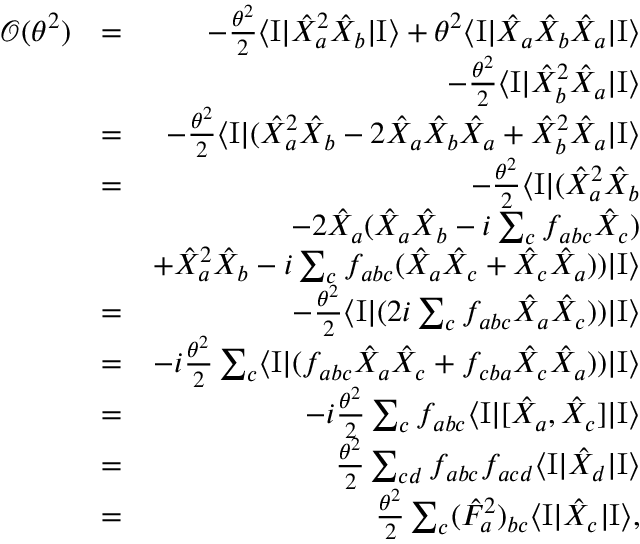
\begin{array} { r l r } { { \mathcal O } ( \theta ^ { 2 } ) } & { = } & { - \frac { \theta ^ { 2 } } { 2 } \langle \mathrm { I } | \hat { X } _ { a } ^ { 2 } \hat { X } _ { b } | \mathrm { I } \rangle + \theta ^ { 2 } \langle \mathrm { I } | \hat { X } _ { a } \hat { X } _ { b } \hat { X } _ { a } | \mathrm { I } \rangle } \\ & { } & { - \frac { \theta ^ { 2 } } { 2 } \langle \mathrm { I } | \hat { X } _ { b } ^ { 2 } \hat { X } _ { a } | \mathrm { I } \rangle } \\ & { = } & { - \frac { \theta ^ { 2 } } { 2 } \langle \mathrm { I } | ( \hat { X } _ { a } ^ { 2 } \hat { X } _ { b } - 2 \hat { X } _ { a } \hat { X } _ { b } \hat { X } _ { a } + \hat { X } _ { b } ^ { 2 } \hat { X } _ { a } | \mathrm { I } \rangle } \\ & { = } & { - \frac { \theta ^ { 2 } } { 2 } \langle \mathrm { I } | ( \hat { X } _ { a } ^ { 2 } \hat { X } _ { b } } \\ & { } & { - 2 \hat { X } _ { a } ( \hat { X } _ { a } \hat { X } _ { b } - i \sum _ { c } f _ { a b c } \hat { X } _ { c } ) } \\ & { } & { + \hat { X } _ { a } ^ { 2 } \hat { X } _ { b } - i \sum _ { c } f _ { a b c } ( \hat { X } _ { a } \hat { X } _ { c } + \hat { X } _ { c } \hat { X } _ { a } ) ) | \mathrm { I } \rangle } \\ & { = } & { - \frac { \theta ^ { 2 } } { 2 } \langle \mathrm { I } | ( 2 i \sum _ { c } f _ { a b c } \hat { X } _ { a } \hat { X } _ { c } ) ) | \mathrm { I } \rangle } \\ & { = } & { - i \frac { \theta ^ { 2 } } { 2 } \sum _ { c } \langle \mathrm { I } | ( f _ { a b c } \hat { X } _ { a } \hat { X } _ { c } + f _ { c b a } \hat { X } _ { c } \hat { X } _ { a } ) ) | \mathrm { I } \rangle } \\ & { = } & { - i \frac { \theta ^ { 2 } } { 2 } \sum _ { c } f _ { a b c } \langle \mathrm { I } | [ \hat { X } _ { a } , \hat { X } _ { c } ] | \mathrm { I } \rangle } \\ & { = } & { \frac { \theta ^ { 2 } } { 2 } \sum _ { c d } f _ { a b c } f _ { a c d } \langle \mathrm { I } | \hat { X } _ { d } | \mathrm { I } \rangle } \\ & { = } & { \frac { \theta ^ { 2 } } { 2 } \sum _ { c } ( \hat { F } _ { a } ^ { 2 } ) _ { b c } \langle \mathrm { I } | \hat { X } _ { c } | \mathrm { I } \rangle , } \end{array}